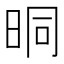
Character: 晍